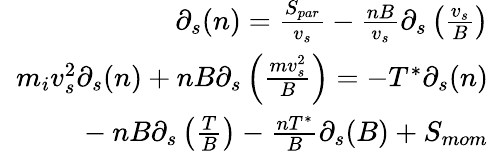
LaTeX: \begin{array}{r}{\partial_{s}(n)=\frac{S_{par}}{v_{s}}-\frac{nB}{v_{s}}\partial_{s}\left(\frac{v_{s}}{B}\right)}\\ {m_{i}v_{s}^{2}\partial_{s}(n)+nB\partial_{s}\left(\frac{mv_{s}^{2}}{B}\right)=-T^{*}\partial_{s}(n)}\\ {~~~~~~~~~~~-nB\partial_{s}\left(\frac{T}{B}\right)-\frac{nT^{*}}{B}\partial_{s}(B)+S_{mom}}\end{array}